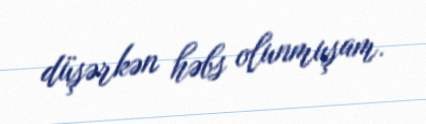
düşərkən həbs olunmuşam.